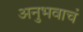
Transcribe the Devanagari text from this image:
अनुभवाचं